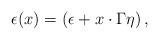
LaTeX: \begin{align*}\epsilon(x) = (\epsilon + x\cdot \Gamma \eta)\,,\end{align*}